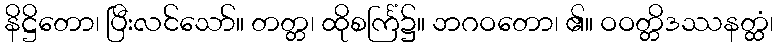
နိဋ္ဌိတော၊ ပြီးလင်သော်။ တတ္တ၊ ထိုစင်္ကြံ၌။ ဘဂဝတော၊ ၏။ ဝဝတ္တိဒဿနတ္ထံ၊